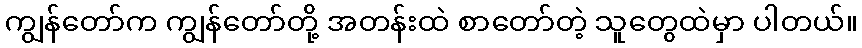
ကျွန်တော်က ကျွန်တော်တို့ အတန်းထဲ စာတော်တဲ့ သူတွေထဲမှာ ပါတယ်။